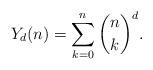
LaTeX: \begin{align*} Y_d (n) = \sum_{k = 0}^n \binom{n}{k}^d . \end{align*}